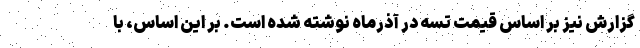
گزارش نیز بر اساس قیمت تسه در آذرماه نوشته شده است. بر این اساس، با